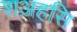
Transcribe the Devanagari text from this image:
शअहसि